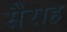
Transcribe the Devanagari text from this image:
सैराह